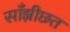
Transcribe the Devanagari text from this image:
साँझीछत